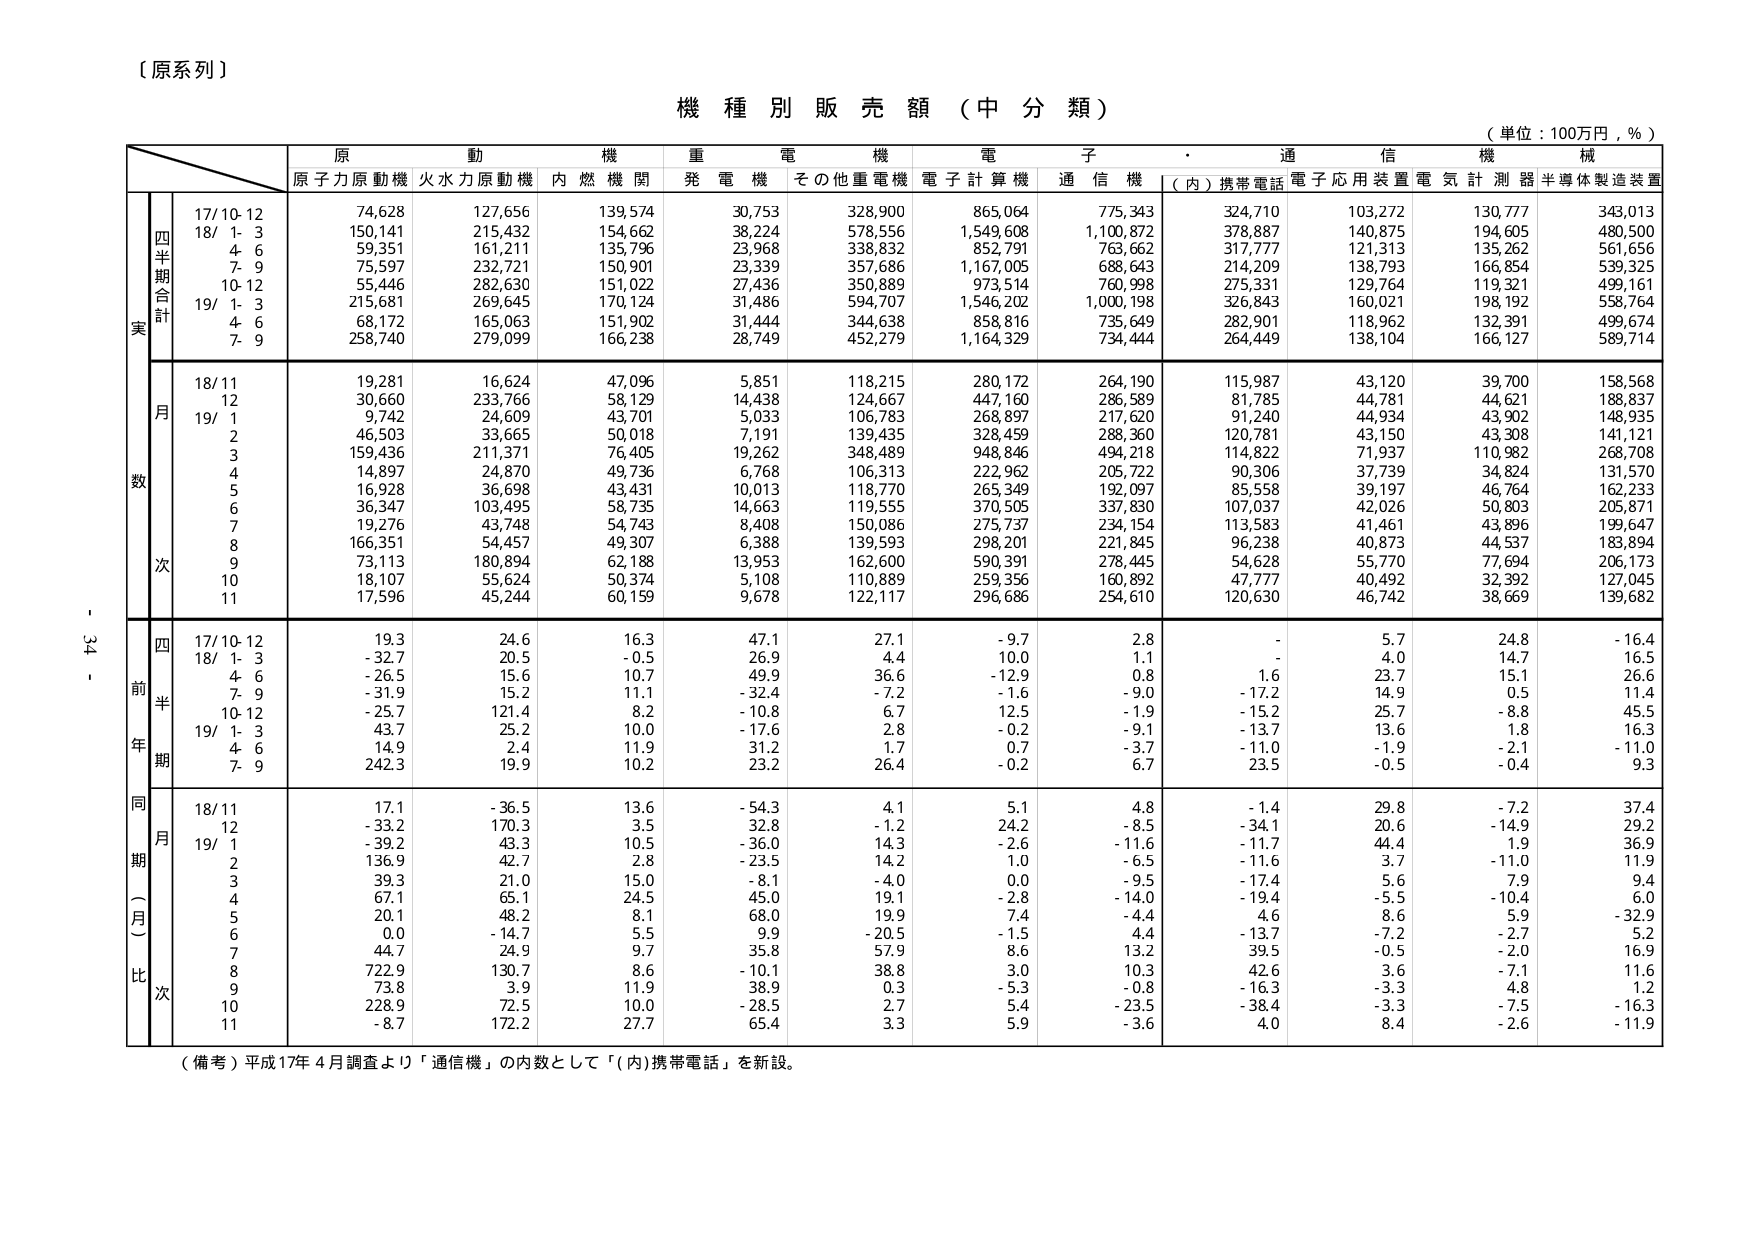
〔原系列〕

機種別販売額（中分類）

（単位：100万円，％）

原動機　重電機　電子・通信機械
原子力原動機　火力原動機　内燃機関　発電機　その他重電機　電子計算機　通信機　（内）携帯電話　電子応用装置　電気計測器　半導体製造装置

四半期合計
実
17/10-12　74,628　127,656　139,574　30,753　328,900　865,064　775,343　324,710　103,272　130,777　343,013
18/1-3　150,141　215,432　154,662　38,224　578,556　1,549,608　1,100,872　378,887　140,605　194,605　480,500
4-6　59,351　161,211　135,796　23,968　338,832　852,791　763,662　317,777　121,313　135,262　561,656
7-9　75,597　232,721　150,901　23,339　357,686　1,167,005　688,643　214,209　138,793　166,854　539,325
10-12　55,446　282,630　151,022　27,436　350,889　973,514　760,998　275,331　129,764　119,321　499,161
19/1-3　215,681　269,645　170,124　31,486　594,707　1,546,202　1,000,198　326,843　160,021　198,192　558,764
4-6　68,172　165,063　151,902　31,444　344,638　858,816　735,649　282,901　118,962　132,391　499,674
7-9　258,740　279,099　166,238　28,749　452,279　1,164,329　734,444　264,449　138,104　166,127　589,714

月
数
18/11　19,281　16,624　47,096　5,851　118,215　280,172　264,190　115,987　43,120　39,700　158,568
12　30,660　233,766　58,129　14,438　124,667　447,160　286,589　81,785　44,781　44,621　188,837
19/1　9,742　24,609　43,701　5,033　106,783　268,897　217,620　91,240　44,934　43,902　148,935
2　46,503　33,665　50,018　7,191　139,435　328,459　288,360　120,781　43,150　43,308　141,121
3　159,436　211,371　76,405　19,262　348,489　948,846　494,218　114,822　71,937　110,982　268,708
4　14,897　24,870　49,736　6,768　106,313　222,962　205,722　90,306　37,739　34,824　131,570
5　16,928　36,698　43,431　10,013　118,770　265,349　192,097　85,558　39,197　46,764　162,233
6　36,347　103,495　58,735　14,663　119,555　370,505　337,830　107,037　42,026　50,803　205,871
7　19,276　43,748　54,743　8,408　150,086　275,737　234,154　113,583　41,461　43,896　199,647
8　166,351　54,457　49,307　6,388　139,593　298,201　221,845　96,238　40,873　44,537　183,894
9　73,113　180,894　62,188　13,953　162,600　590,391　278,445　54,628　55,770　77,694　206,173
10　18,107　55,624　50,374　5,108　110,889　259,356　160,892　47,777　40,492　32,392　127,045
11　17,596　45,244　60,159　9,678　122,117　296,686　254,610　120,630　46,742　38,669　139,682

四
前
半
期
17/10-12　19.3　24.6　16.3　47.1　27.1　-9.7　2.8　-　5.7　24.8　-16.4
18/1-3　-32.7　20.5　-0.5　26.9　4.4　10.0　1.1　-　4.0　14.7　16.5
4-6　-26.5　15.6　10.7　49.9　36.6　-12.9　0.8　1.6　23.7　15.1　26.6
7-9　-31.9　15.2　11.1　-32.4　-7.2　-1.6　-9.0　-17.2　14.9　0.5　11.4
10-12　-25.7　121.4　8.2　-10.8　6.7　12.5　-1.9　-15.2　25.7　-8.8　45.5
19/1-3　43.7　25.2　10.0　-17.6　2.8　-0.2　-9.1　-13.7　13.6　1.8　16.3
4-6　14.9　2.4　11.9　31.2　1.7　0.7　-3.7　-11.0　-1.9　-2.1　-11.0
7-9　242.3　19.9　10.2　23.2　26.4　-0.2　6.7　23.5　-0.5　-0.4　9.3

同期（月）比
次
18/11　17.1　-36.5　13.6　-54.3　4.1　5.1　4.8　-1.4　29.8　-7.2　37.4
12　-33.2　170.3　3.5　32.8　-1.2　24.2　-8.5　-34.1　20.6　-14.9　29.2
19/1　-39.2　43.3　10.5　-36.0　14.3　-2.6　-11.6　-11.7　44.4　1.9　36.9
2　136.9　42.7　2.8　-23.5　14.2　1.0　-6.5　-11.6　3.7　-11.0　11.9
3　39.3　21.0　15.0　-8.1　-4.0　0.0　-9.5　-17.4　5.6　7.9　9.4
4　67.1　65.1　24.5　45.0　19.1　-2.8　-14.0　-19.4　-5.5　-10.4　6.0
5　20.1　48.2　8.1　68.0　19.9　7.4　-4.4　4.6　8.6　5.9　-32.9
6　0.0　-14.7　5.5　9.9　-20.5　-1.5　4.4　-13.7　-7.2　-2.7　5.2
7　44.7　24.9　9.7　35.8　57.9　8.6　13.2　39.5　-0.5　-2.0　16.9
8　722.9　130.7　8.6　-10.1　38.8　3.0　10.3　42.6　3.6　-7.1　11.6
9　73.8　3.9　11.9　38.9　0.3　-5.3　-0.8　-16.3　-3.3　4.8　1.2
10　228.9　72.5　10.0　-28.5　2.7　5.4　-23.5　-38.4　-3.3　-7.5　-16.3
11　-8.7　172.2　27.7　65.4　3.3　5.9　-3.6　4.0　8.4　-2.6　-11.9

（備考）平成17年4月調査より「通信機」の内数として「（内）携帯電話」を新設。

- 34 -